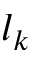
l _ { k }